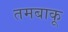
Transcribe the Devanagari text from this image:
तमबाकू